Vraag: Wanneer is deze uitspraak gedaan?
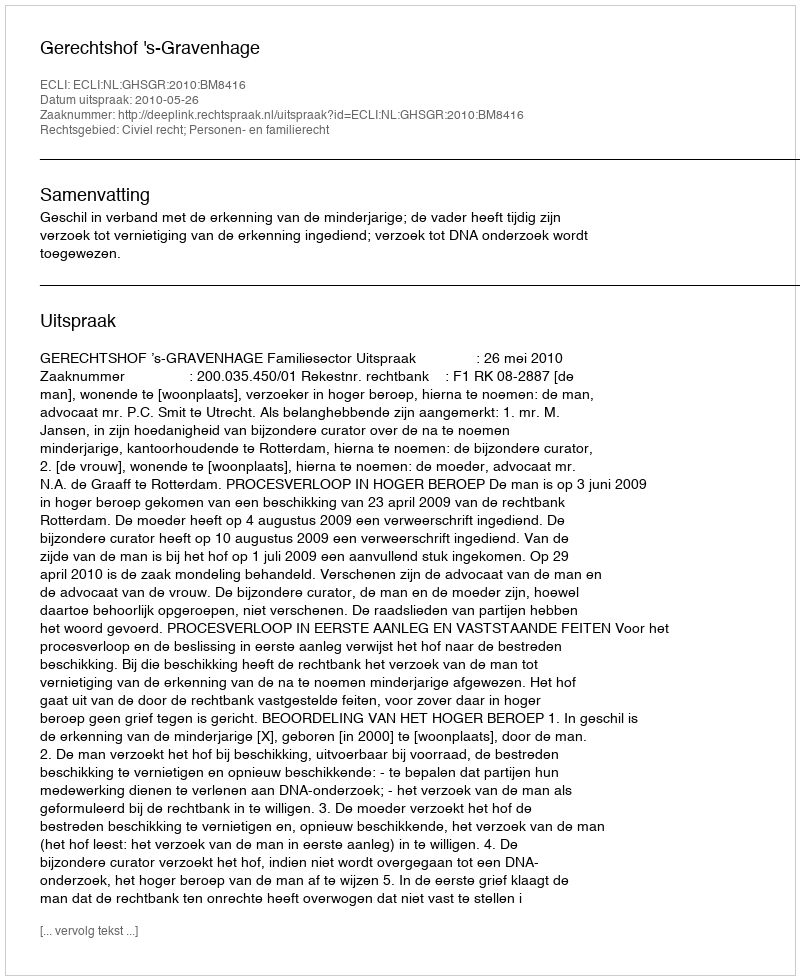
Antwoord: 2010-05-26